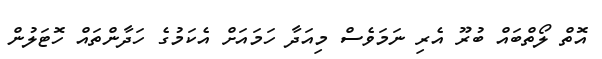
އޮތް ލޯތްބައް ބުރޫ އެރި ނަމަވެސް މިއަދާ ހަމައަށް އެކަމުގެ ހަދާންތައް ހޮޓަލުން